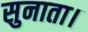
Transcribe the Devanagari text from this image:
सुनाता।